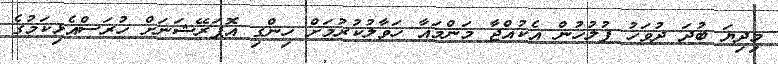
މިދިޔަ ބުދަ ދުވަހު ފުލުހުން އެކުއްޖާ މަންމައާ ހަވާލުކުރުމަށް ހިންގި އޮޕަރޭޝަނަށް ހުރަސްއެޅިކަމުގެ